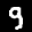
Label: 9